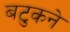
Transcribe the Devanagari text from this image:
बटुकने